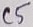
Text: C5